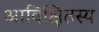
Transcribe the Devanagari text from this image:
आविक्षितस्य